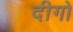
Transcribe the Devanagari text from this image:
दीगो